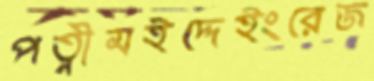
পত্নীমইদ্দেইংরেজ